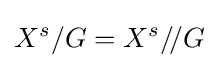
X^{s}/G=X^{s}/\!/G